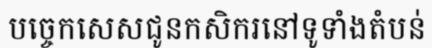
បច្ចេកសេសជូនកសិករនៅទូទាំងតំបន់